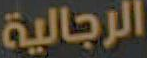
الرجالية